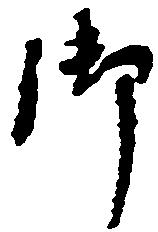
御